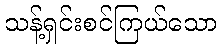
သန့်ရှင်းစင်ကြယ်သော